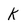
Character: K